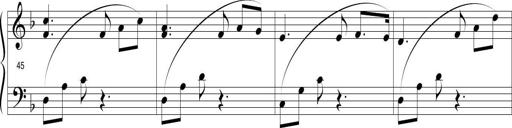
Title: Sonatina in D minor
Composer: Paul Csige
Key: D minor